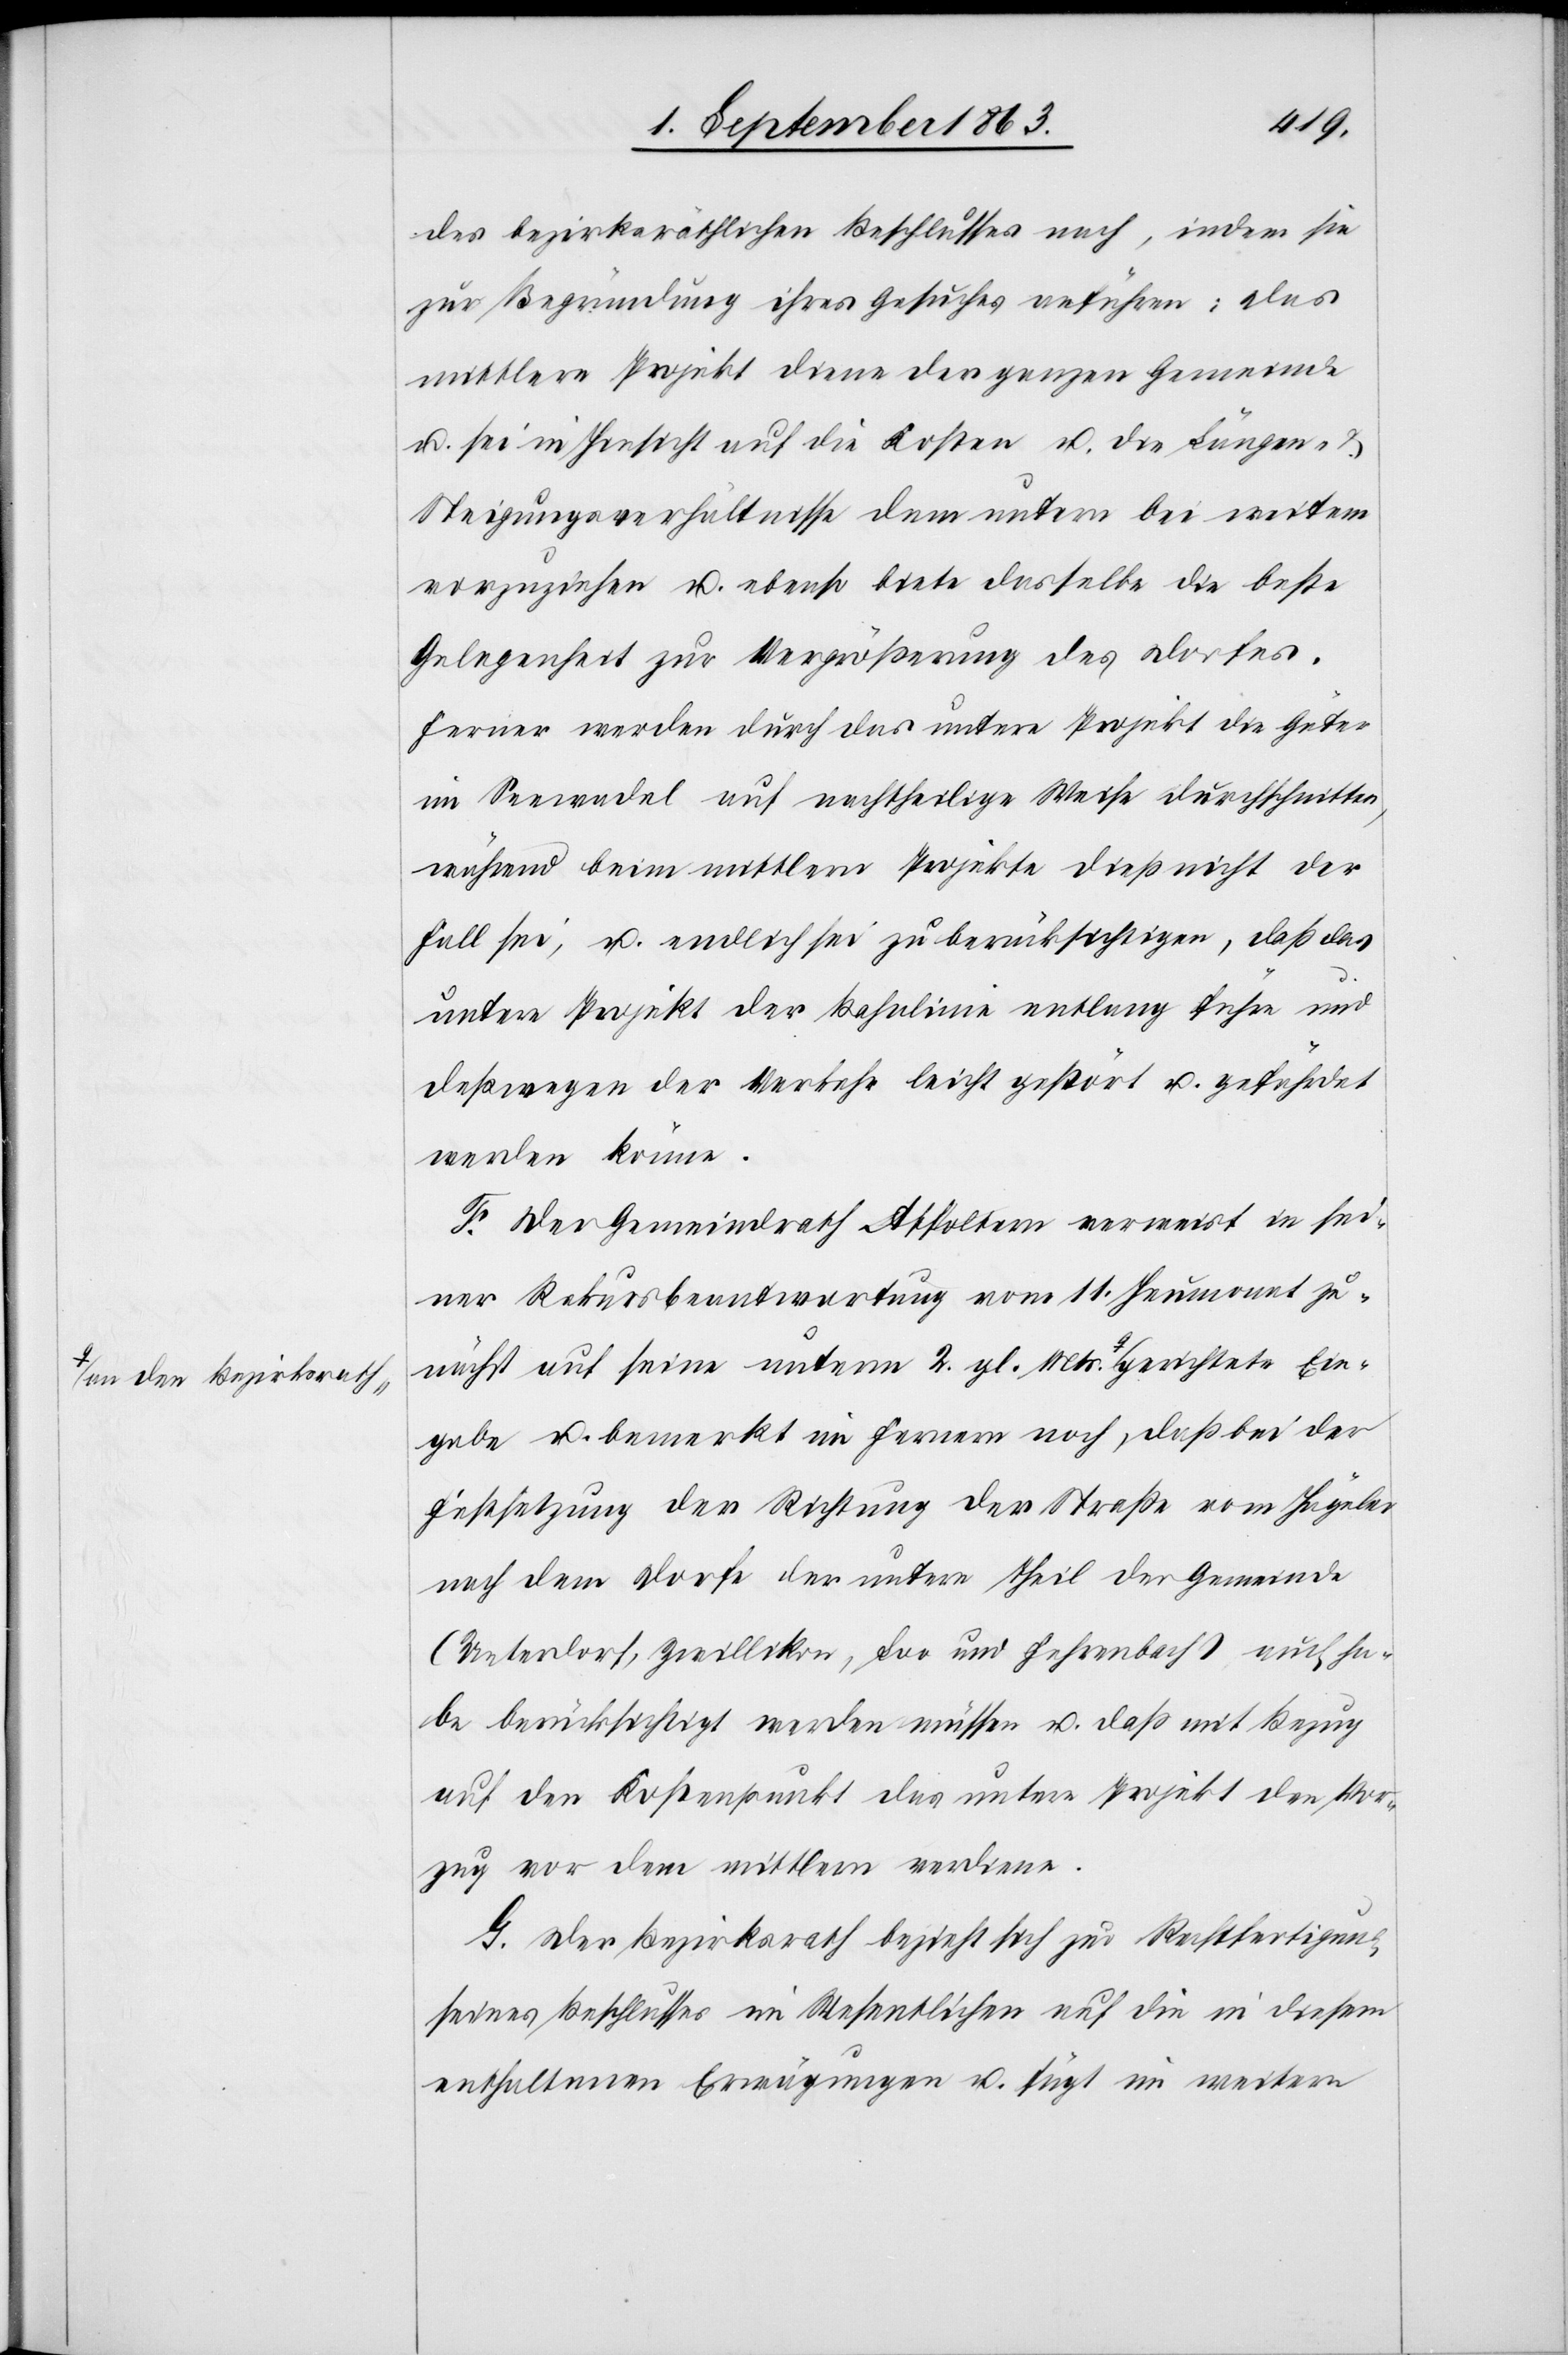
des bezirksräthlichen Beschlusses nach, indem sie
zur Begründung ihres Gesuches anführen: Das
mittlere Projekt diene der ganzen Gemeinde
u. sei in Hinsicht auf die Kosten u. die Längen- &
Steigungsverhältnisse dem untern bei weitem
vorzuziehen u. ebenso biete dasselbe die beste
Gelegenheit zur Vergrößerung des Dorfes.
Ferner werden durch das untere Projekt die Güter
im Seewadel auf nachtheilige Weise durchschnitten,
während beim mittlern Projekte dieß nicht der
Fall sei, u. endlich sei zu berücksichtigen, daß das
untere Projekt der Bahnlinie entlang führe und
deßwegen der Verkehr leicht gestört u. gefährdet
werden könne.
F. Der Gemeindrath Affoltern verweist in sei¬
ner Rekursbeantwortung vom 11. Heumonat zu¬
nächst auf seine unterm 2. gl. Mts. a-an den
Eingabe u. bemerkt im Fernern noch, daß bei der
Festsetzung der Richtung der Straße vom Hägeler
nach dem Dorfe der untere Theil der Gemeinde
(Unterdorf, Zwillikon, Loo und Fehrenbach) auch ha¬
be berücksichtigt werden müssen u. daß mit Bezug
auf den Kostenpunkt das untere Projekt den Vor¬
zug vor dem mittlern verdiene.
G. Der Bezirksrath bezieht sich zur Rechtfertigung
seines Beschlusses im Wesentlichen auf die in diesem
enthaltenen Erwägungen u. fügt im weitern